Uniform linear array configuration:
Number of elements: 16
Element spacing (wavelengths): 0.5
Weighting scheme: kaiser
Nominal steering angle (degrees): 45
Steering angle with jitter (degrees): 45.825
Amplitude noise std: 0.05
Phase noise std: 0.05

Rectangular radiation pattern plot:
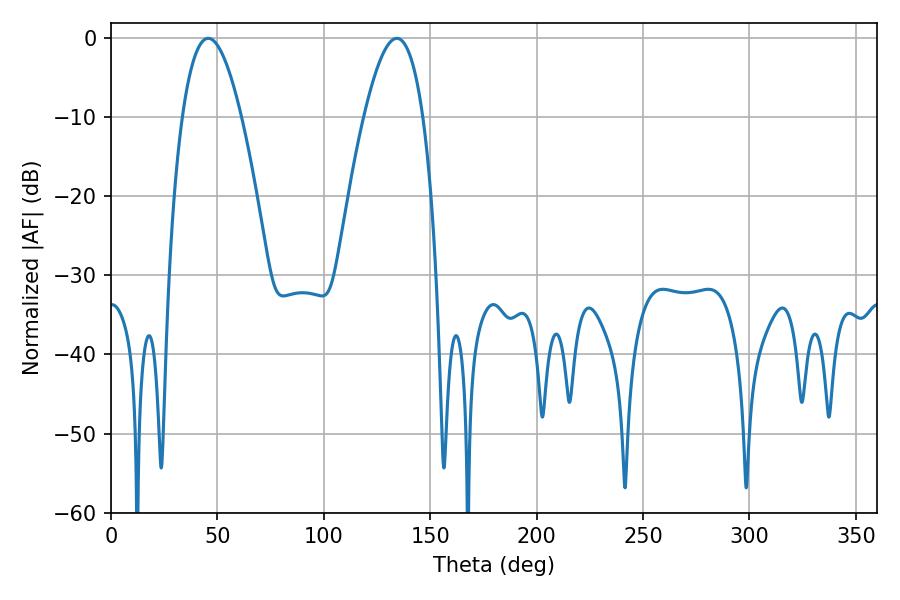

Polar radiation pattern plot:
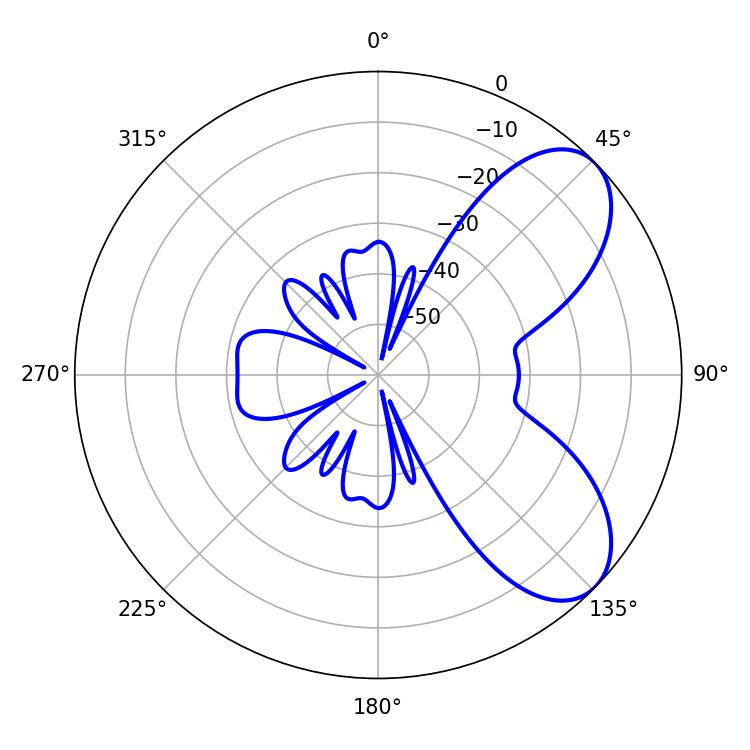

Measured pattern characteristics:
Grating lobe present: FALSE
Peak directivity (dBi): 6.86
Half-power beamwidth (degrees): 15.12
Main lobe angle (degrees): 45.72